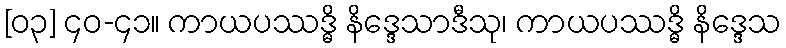
[၀၃] ၄၀-၄၁။ ကာယပဿဒ္ဓိ နိဒ္ဒေသာဒီသု၊ ကာယပဿဒ္ဓိ နိဒ္ဒေသ